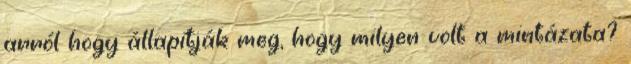
arról hogy állapítják meg, hogy milyen volt a mintázata?